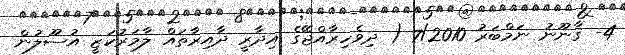
4- ޤާނޫނު ނަމްބަރު 7/2010 ( ދިވެހިރާއްޖޭގެ އިދާރީ ދާއިރާތައް ލާމަރުކަޒީ އުސޫލުން